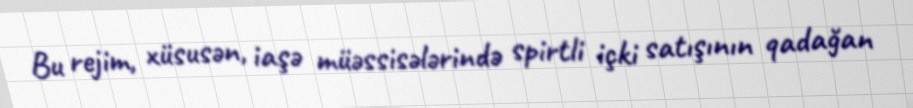
Bu rejim, xüsusən, iaşə müəssisələrində spirtli içki satışının qadağan